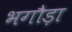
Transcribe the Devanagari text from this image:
भगौड़ा